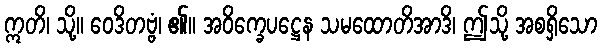
ဣတိ၊ သို့။ ဝေဒိတဗ္ဗံ၊ ၏။ အဝိက္ခေပဋ္ဌေန သမထောတိအာဒိ၊ ဤသို့ အစရှိသော